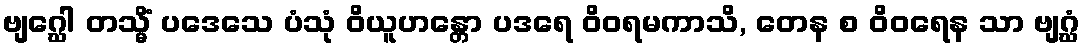
ဗျဂ္ဃေါ တသ္မိံ ပဒေသေ ပံသုံ ဝိယူဟန္တော ပဒရေ ဝိဝရမကာသိ, တေန စ ဝိဝရေန သာ ဗျဂ္ဃံ